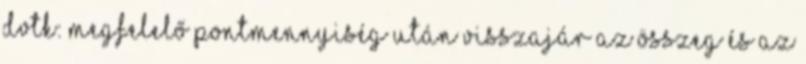
DVTK: Megfelelő pontmennyiség után visszajár az összeg és az